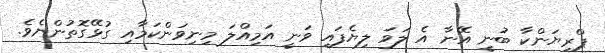
ޕްރިޔަންކާ ބުނީ އޭނާ އެ ލަވަ ލިޔެފައި ވަނީ އަމިއްލަ މިނިވަންކަމާއި ގުޅޭގޮތުންނެވެ.